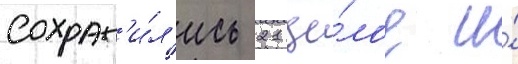
Сохран'и́л'ись 21 це́лое и́